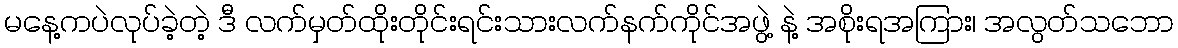
မနေ့ကပဲလုပ်ခဲ့တဲ့ ဒီ လက်မှတ်ထိုးတိုင်းရင်းသားလက်နက်ကိုင်အဖွဲ့ နဲ့ အစိုးရအကြား၊ အလွတ်သဘော